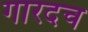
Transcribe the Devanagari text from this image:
गारदच